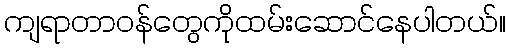
ကျရာတာဝန်တွေကိုထမ်းဆောင်နေပါတယ်။